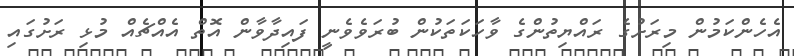
އެހެންކަމުން މިރަށުގެ ރައްޔިތުންގެ ވާހަކަތަކުން ބުރަވެވެނީ ފައިދާވާން އޮތް އެއްޗެއް މުޅި ރަށުގައި